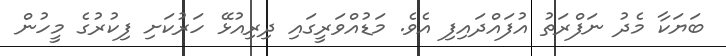
ބަޔަކާ މެދު ނަފްރަތު އުފައްދައިފި އެވެ. މަޑުއްވަރީގައި ދިރިއުޅޭ ހަރުކަށި ފިކުރުގެ މީހުން